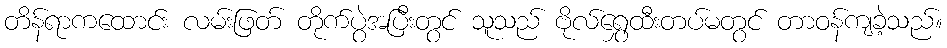
တိန်ရာကထောင်း လမ်းဖြတ် တိုက်ပွဲအပြီးတွင် သူသည် ဗိုလ်ရွှေထီးတပ်မတွင် တာဝန်ကျခဲ့သည်။